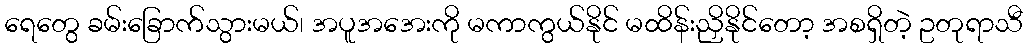
ရေတွေ ခမ်းခြောက်သွားမယ်၊ အပူအအေးကို မကာကွယ်နိုင် မထိန်းညှိနိုင်တော့ အစရှိတဲ့ ဥတုရာသီ